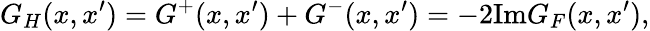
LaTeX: G_{H}(x,x^{\prime})=G^{+}(x,x^{\prime})+G^{-}(x,x^{\prime})=-2\mathrm{Im}G_{F}(x,x^{\prime}),